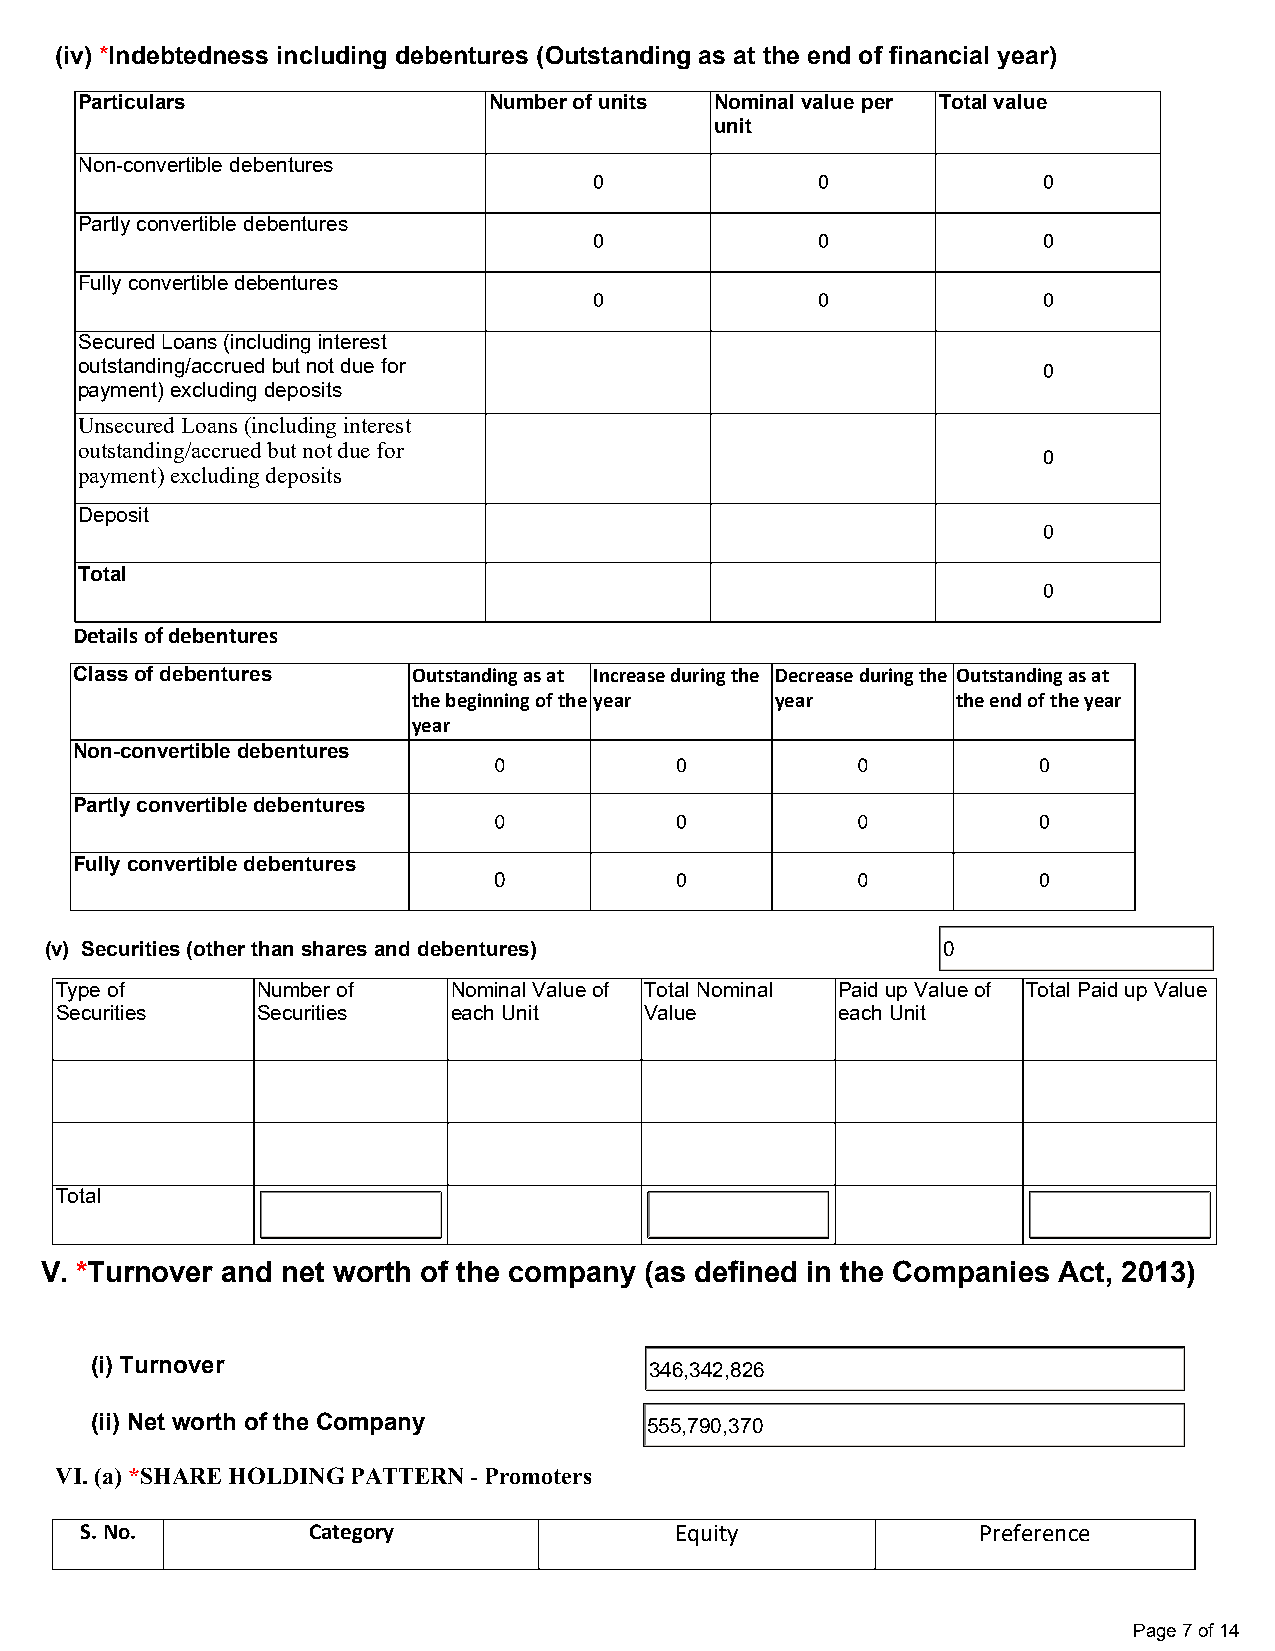
(iv) *Indebtedness including debentures (Outstanding as at the end of financial year)
 Particulars                Number of units Nominal value per Total value
 unit
 Non-convertible debentures
 Partly convertible debentures
 Fully convertible debentures
 Secured Loans (including interest
 outstanding/accrued but not due for
 payment) excluding deposits
 Unsecured Loans (including interest
 outstanding/accrued but not due for
 payment) excluding deposits
 Deposit
 Total
 Details of debentures
 Class of debentures   Outstanding as at Increase during the Decrease during the Outstanding as at
 the beginning of the year year      the end of the year
 year
 Non-convertible debentures
 Partly convertible debentures
 Fully convertible debentures
 0
 (v) Securities (other than shares and debentures)          0
 Type of      Number of    Nominal Value of Total Nominal Paid up Value of Total Paid up Value
 Securities   Securities   each Unit    Value       each Unit
 Total
 V. *Turnover and net worth of the company (as defined in the Companies Act, 2013)
 (i) Turnover                         346,342,826
 (ii) Net worth of the Company        555,790,370
 VI. (a) *SHARE HOLDING PATTERN - Promoters
 S. No.         Category                 Equity              Preference
 Page 7 of 14